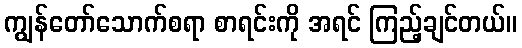
ကျွန်တော်သောက်စရာ စာရင်းကို အရင် ကြည့်ချင်တယ်။